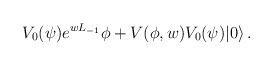
\begin{align*}V_0(\psi)e^{wL_{-1}}\phi+V(\phi,w)V_0(\psi)|0\rangle\,.\end{align*}